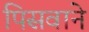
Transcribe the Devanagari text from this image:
पिसवाने